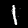
Label: 1